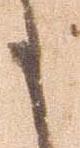
事